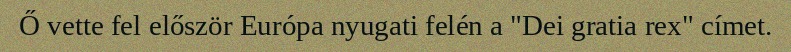
Ő vette fel először Európa nyugati felén a "Dei gratia rex" címet.